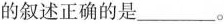
的叙述正确的是___。